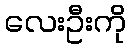
လေးဦးကို